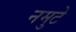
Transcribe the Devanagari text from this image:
नमुटे